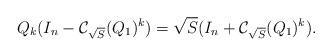
LaTeX: \begin{align*}{Q}_k(I_n-\mathcal{C}_{\sqrt{S}}({Q}_1)^{k}) =\sqrt{S} (I_n +\mathcal{C}_{\sqrt{S}}({Q}_1)^{k}).\end{align*}